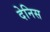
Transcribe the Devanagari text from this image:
देनिस